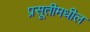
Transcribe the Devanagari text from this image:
प्रसूतीमधील